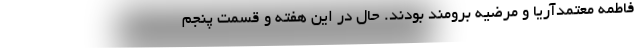
فاطمه معتمدآریا و مرضیه برومند بودند. حال در این هفته و قسمت پنجم